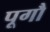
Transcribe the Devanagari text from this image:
पूगौ